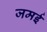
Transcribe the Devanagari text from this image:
जमई